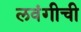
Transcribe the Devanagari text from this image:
लवंगीची